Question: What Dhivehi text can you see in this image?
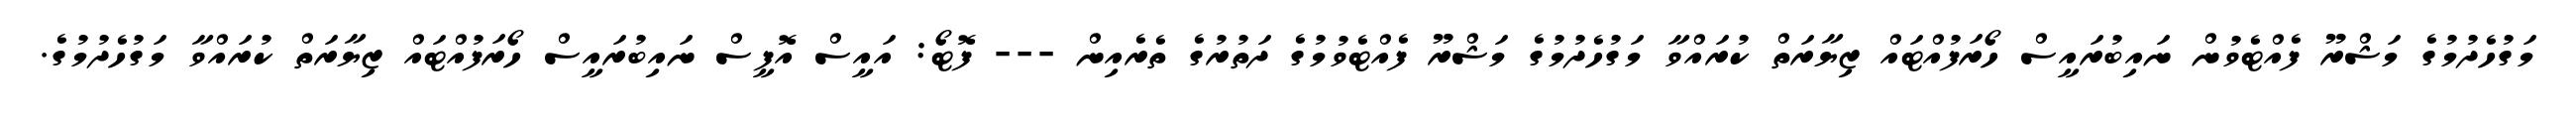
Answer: މަގުހެދުމުގެ މަޝްރޫ ފެއްޓެވުން ނައިބުރައީސް ހޯރަފުއްޓައް ޒިޔާރަތް ކުރައްވާ މަގުހެދުމުގެ މަޝްރޫ ފެއްޓެވުމުގެ ދަތުރުގެ ތެރެއިން --- ފޮޓޯ: އައީސް އޮފީސް ނައިބުރައީސް ހޯރަފުއްޓައް ޒިޔާރަތް ކުރައްވާ މަގުހެދުމުގެ.